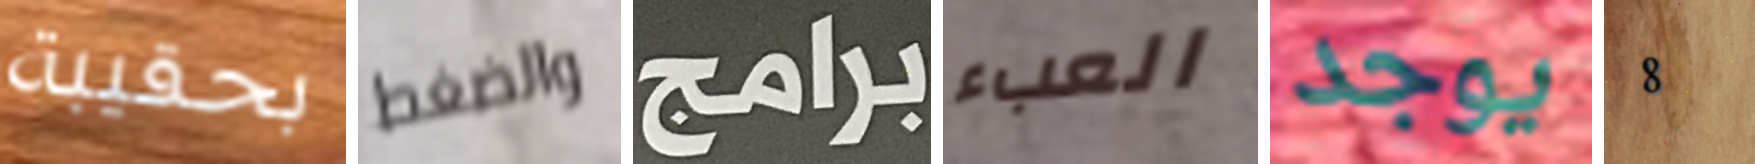
بحقيبة والضغط برامج العبء يوجد 8